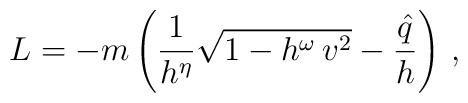
L = -  m \left( \frac{1}{h^{\eta}} \sqrt{1 - h^\omega \, v^2} -\frac{\hat{q}}{h}\right) \, ,